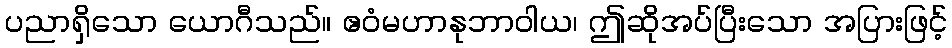
ပညာရှိသော ယောဂီသည်။ ဧဝံမဟာနုဘာဝါယ၊ ဤဆိုအပ်ပြီးသော အပြားဖြင့်